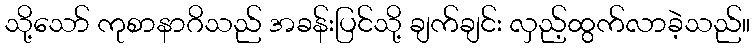
သို့သော် ကုစာနာဂိသည် အခန်းပြင်သို့ ချက်ချင်း လှည့်ထွက်လာခဲ့သည်။